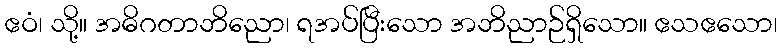
ဧဝံ၊ သို့။ အဓိဂတာဘိညော၊ ရအပ်ပြီးသော အဘိညာဉ်ရှိသော။ ဧသဧသော၊